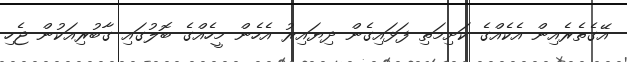
އޭގެތެރެއިން އެކެއްގެ ކަށިމަތި ފަޅައިގެން ދިޔައިރު އެހެން މީހެއްގެ ބޮލުގައި ގާބުރިއަކުން ޖެހި